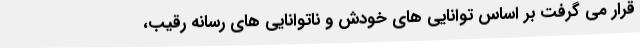
قرار می گرفت بر اساس توانایی های خودش و ناتوانایی های رسانه رقیب،